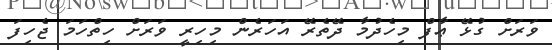
ވަރަށް ގުޅޭ ޢާފް މިހެދުމާ ދޭތެރޭ އަހަރެން މިހިރީ ވަރަށް ހިތްހަމަ ޖެހިފަ